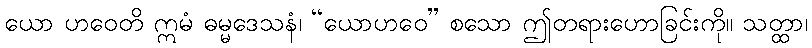
ယော ဟဝေတိ ဣမံ ဓမ္မဒေသနံ၊ “ယောဟဝေ” စသော ဤတရားဟောခြင်းကို။ သတ္ထာ၊